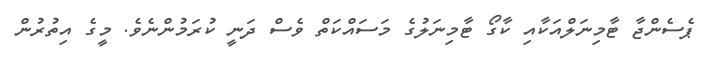
ޕެސެންޖާ ޓާމިނަލްއަކާއި ކާގޯ ޓާމިނަލުގެ މަސައްކަތް ވެސް ދަނީ ކުރަމުންނެވެެ. މީގެ އިތުުރުން